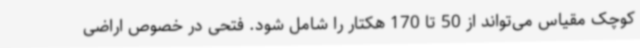
کوچک مقیاس می‌تواند از 50 تا 170 هکتار را شامل شود. فتحی در خصوص اراضی